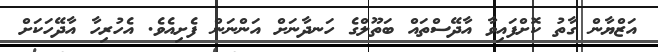
އަޒްޔާން ގާތު ކޮށްފައިވާ އާދޭސްތައް ބަތޫލްގެ ހަނދާނަށް އަންނަން ފެށިއެވެ. އެހުރިހާ އާދޭހަކަށް